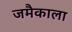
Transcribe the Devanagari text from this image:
जमैकाला